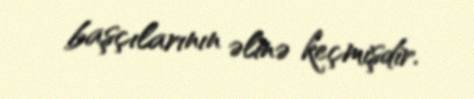
başçılarının əlinə keçmişdir.